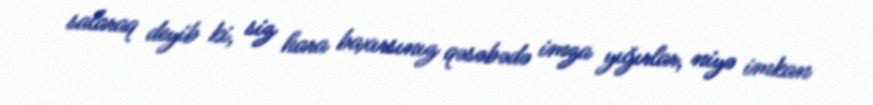
salaraq deyib ki, siz hara baxırsınız qəsəbədə imza yığırlar, niyə imkan